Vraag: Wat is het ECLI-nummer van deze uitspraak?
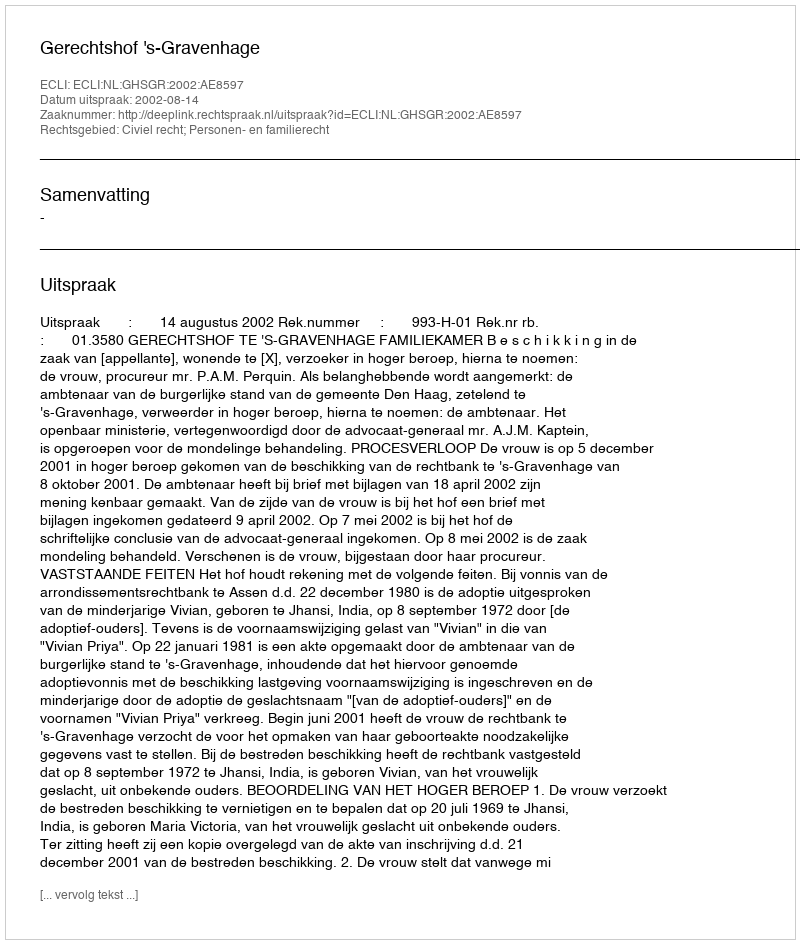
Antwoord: ECLI:NL:GHSGR:2002:AE8597